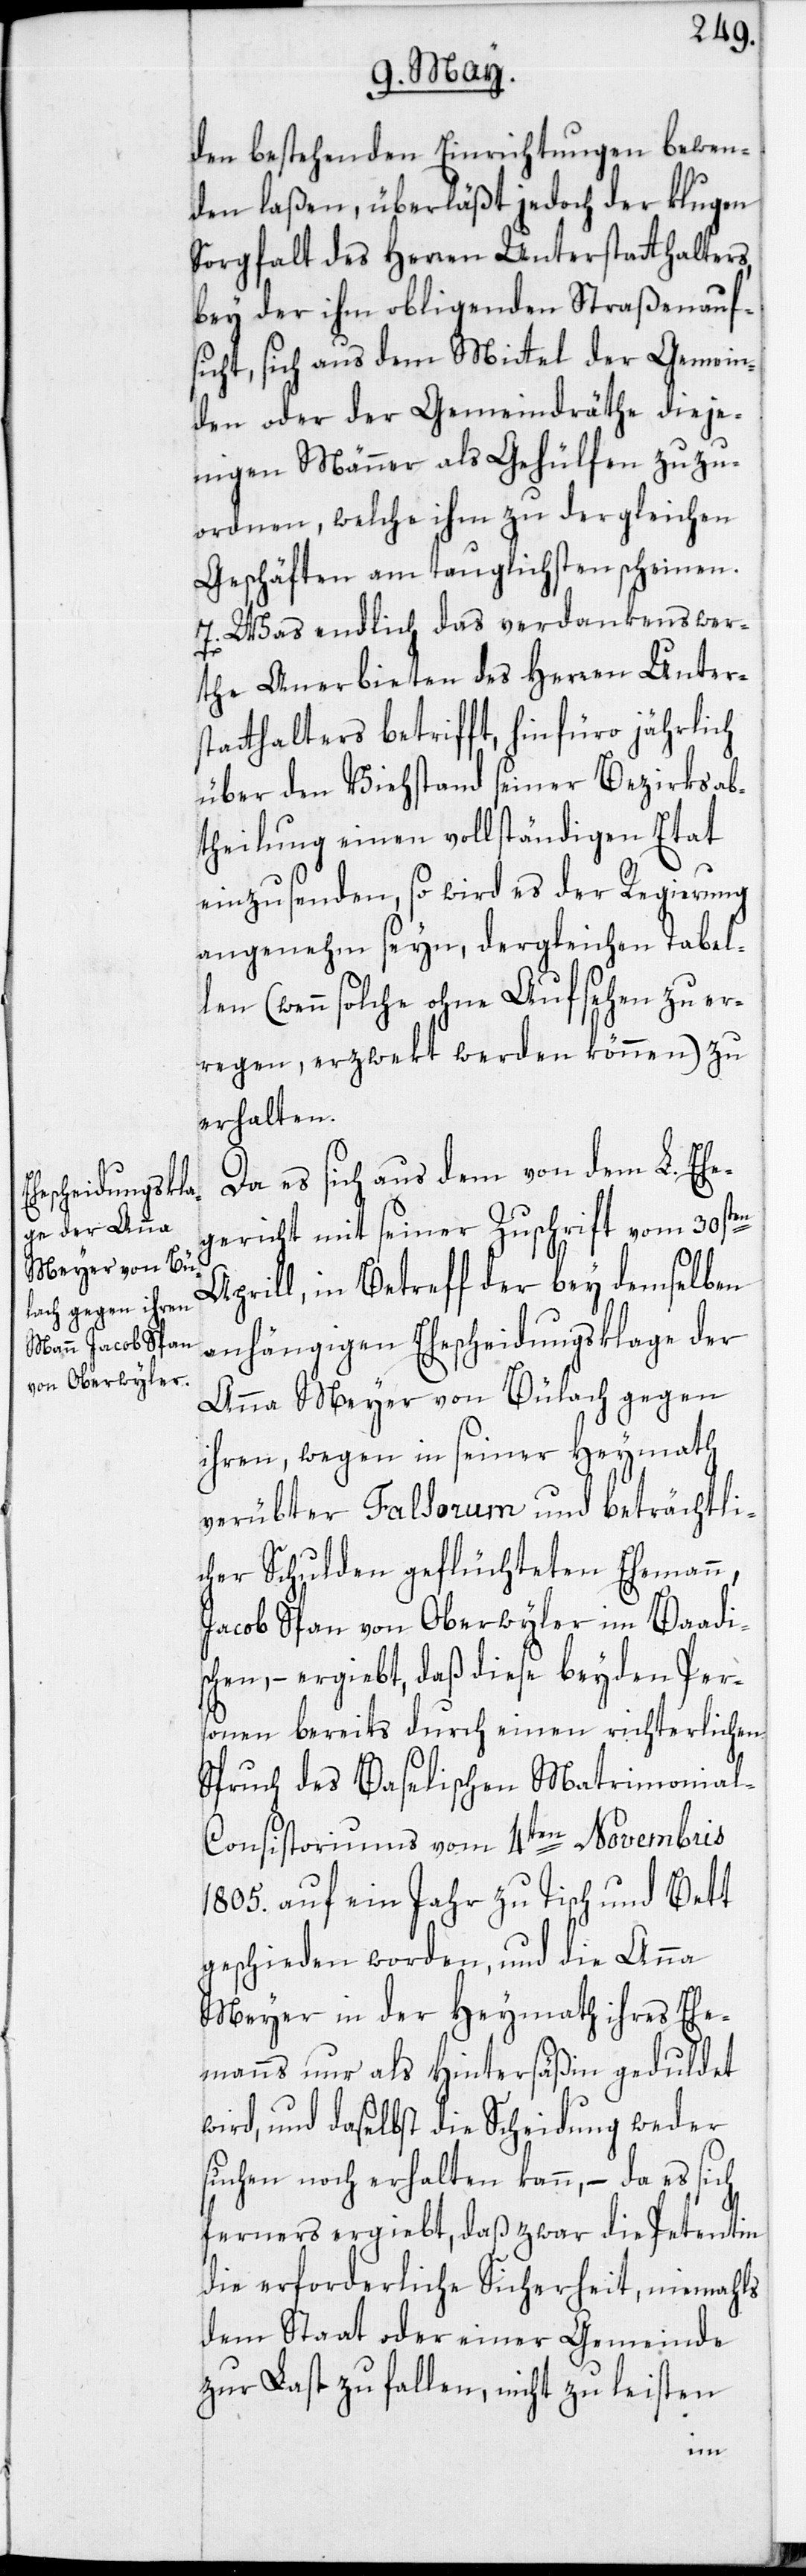
den bestehenden Einrichtungen bewen¬
den laßen, überläßt jedoch der klugen
Sorgfalt des Herren Unterstatthalters,
bey der ihm obligenden Straßenauf¬
sicht, sich aus dem Mittel der Gemein¬
den oder der Gemeindräthe dieje¬
nigen Männer als Gehülfen zuzu¬
ordnen, welche ihm zu dergleichen
Geschäften am tauglichsten scheinen.
7. Was endlich das verdankenswer¬
the Anerbieten des Herren Unters¬
tatthalters betrifft, hinfüro jährlich
über den Viehstand seiner Bezirksab¬
theilung einen vollständigen Etat
einzusenden, so wird es der Regierung
angenehm seyn, dergleichen Tabel¬
len (wenn solche ohne Aufsehen zu er¬
regen, erzwekt werden können) zu
erhalten.
Da es sich aus dem von dem L. Ehe¬
gericht mit seiner Zuschrift vom 30sten
Aprill, in Betreff der bey demselben
anhängigen Ehescheidungsklage der
Anna Meyer von Bülach, gegen
ihren, wegen in seiner Heymath
verübter Falsorum und beträchtli¬
cher Schulden geflüchteten Ehemann,
Jacob Span von Oberwyler im Baadi¬
schen, – ergiebt, daß diese beyden Per¬
sonen bereits durch einen richterlichen
Spruch des Baselischen Matrimonia¬
l-Consistoriums vom 4ten Novembris
1805. auf ein Jahr zu Tisch und Bett
geschieden worden, und die Anna
Meyer in der Heymath ihres Ehe¬
manns nur als Hintersäßin geduldet
wird, und daselbst die Scheidung weder
suchen noch erhalten kann, – da es sich
ferners ergiebt, daß zwar die Petentin
die erforderliche Sicherheit, niemahls
dem Staat oder einer Gemeinde
zur Last zu fallen, nicht zu leisten